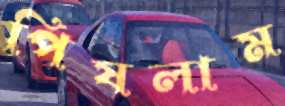
পিষলাম